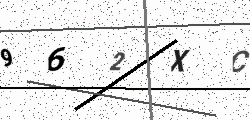
Text: 962XC